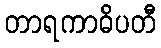
တာရကာဓိပတီ